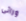
ورائى